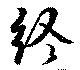
終